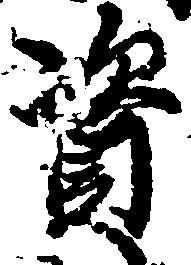
資